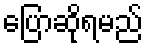
ပြောဆိုရမည်